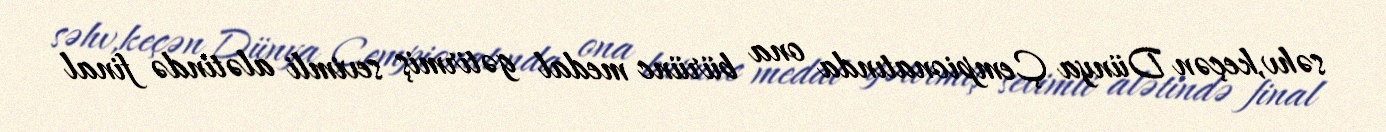
səhv,keçən Dünya Çempionatında ona bürünc medal gətirmiş sevimli alətində final